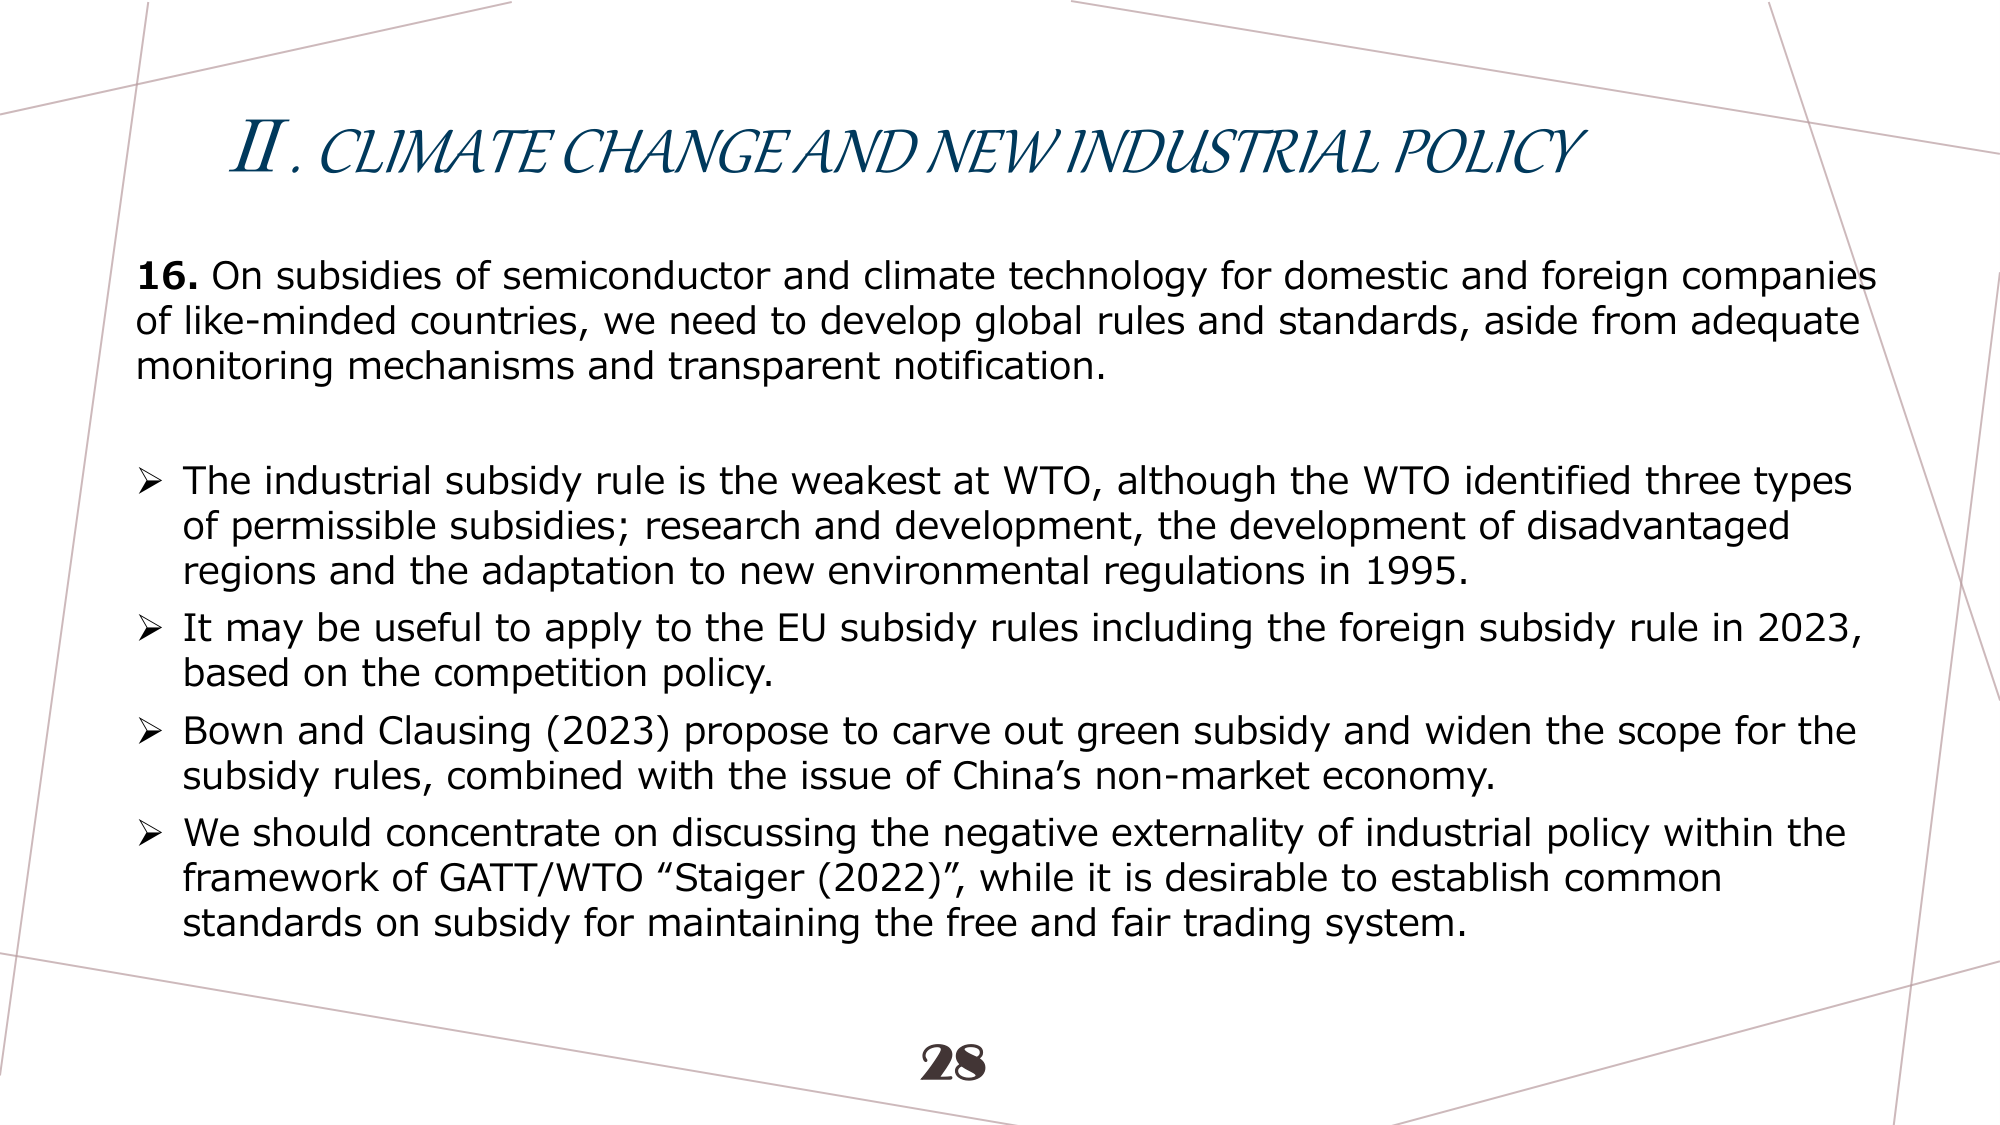
II. CLIMATE CHANGE AND NEW INDUSTRIAL POLICY

16. On subsidies of semiconductor and climate technology for domestic and foreign companies of like-minded countries, we need to develop global rules and standards, aside from adequate monitoring mechanisms and transparent notification.

➤ The industrial subsidy rule is the weakest at WTO, although the WTO identified three types of permissible subsidies; research and development, the development of disadvantaged regions and the adaptation to new environmental regulations in 1995.

➤ It may be useful to apply to the EU subsidy rules including the foreign subsidy rule in 2023, based on the competition policy.

➤ Bown and Clausing (2023) propose to carve out green subsidy and widen the scope for the subsidy rules, combined with the issue of China’s non-market economy.

➤ We should concentrate on discussing the negative externality of industrial policy within the framework of GATT/WTO “Staiger (2022)”, while it is desirable to establish common standards on subsidy for maintaining the free and fair trading system.

28